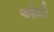
ઓઘો